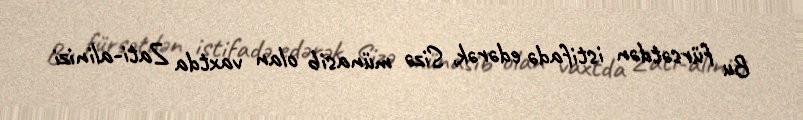
Bu fürsətdən istifadə edərək, Sizə münasib olan vaxtda Zati-alinizi